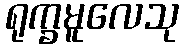
ရုက္ခမူလေသု